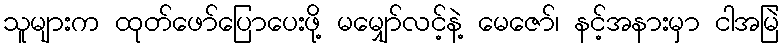
သူများက ထုတ်ဖော်ပြောပေးဖို့ မမျှော်လင့်နဲ့ မေဇော်၊ နင့်အနားမှာ ငါအမြဲ